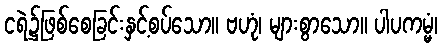
ငရဲ၌ဖြစ်စေခြင်းနှင့်စပ်သော။ ဗဟုံ၊ များစွာသော။ ပါပကမ္မံ၊